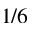
1 / 6